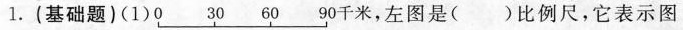
1.(基础题)(1)千米，左图是()比例尺，它表示图